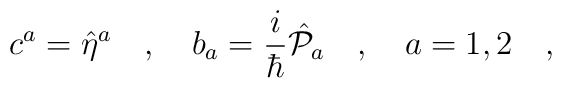
c^a=\hat{\eta}^a\ \ \ ,\ \ \ b_a=\frac{i}{\hbar}\hat{{\cal P}}_a\ \ \ ,\ \ \ a=1,2\ \ \ ,